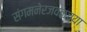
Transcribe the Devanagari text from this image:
संगमनेरजवळच्या